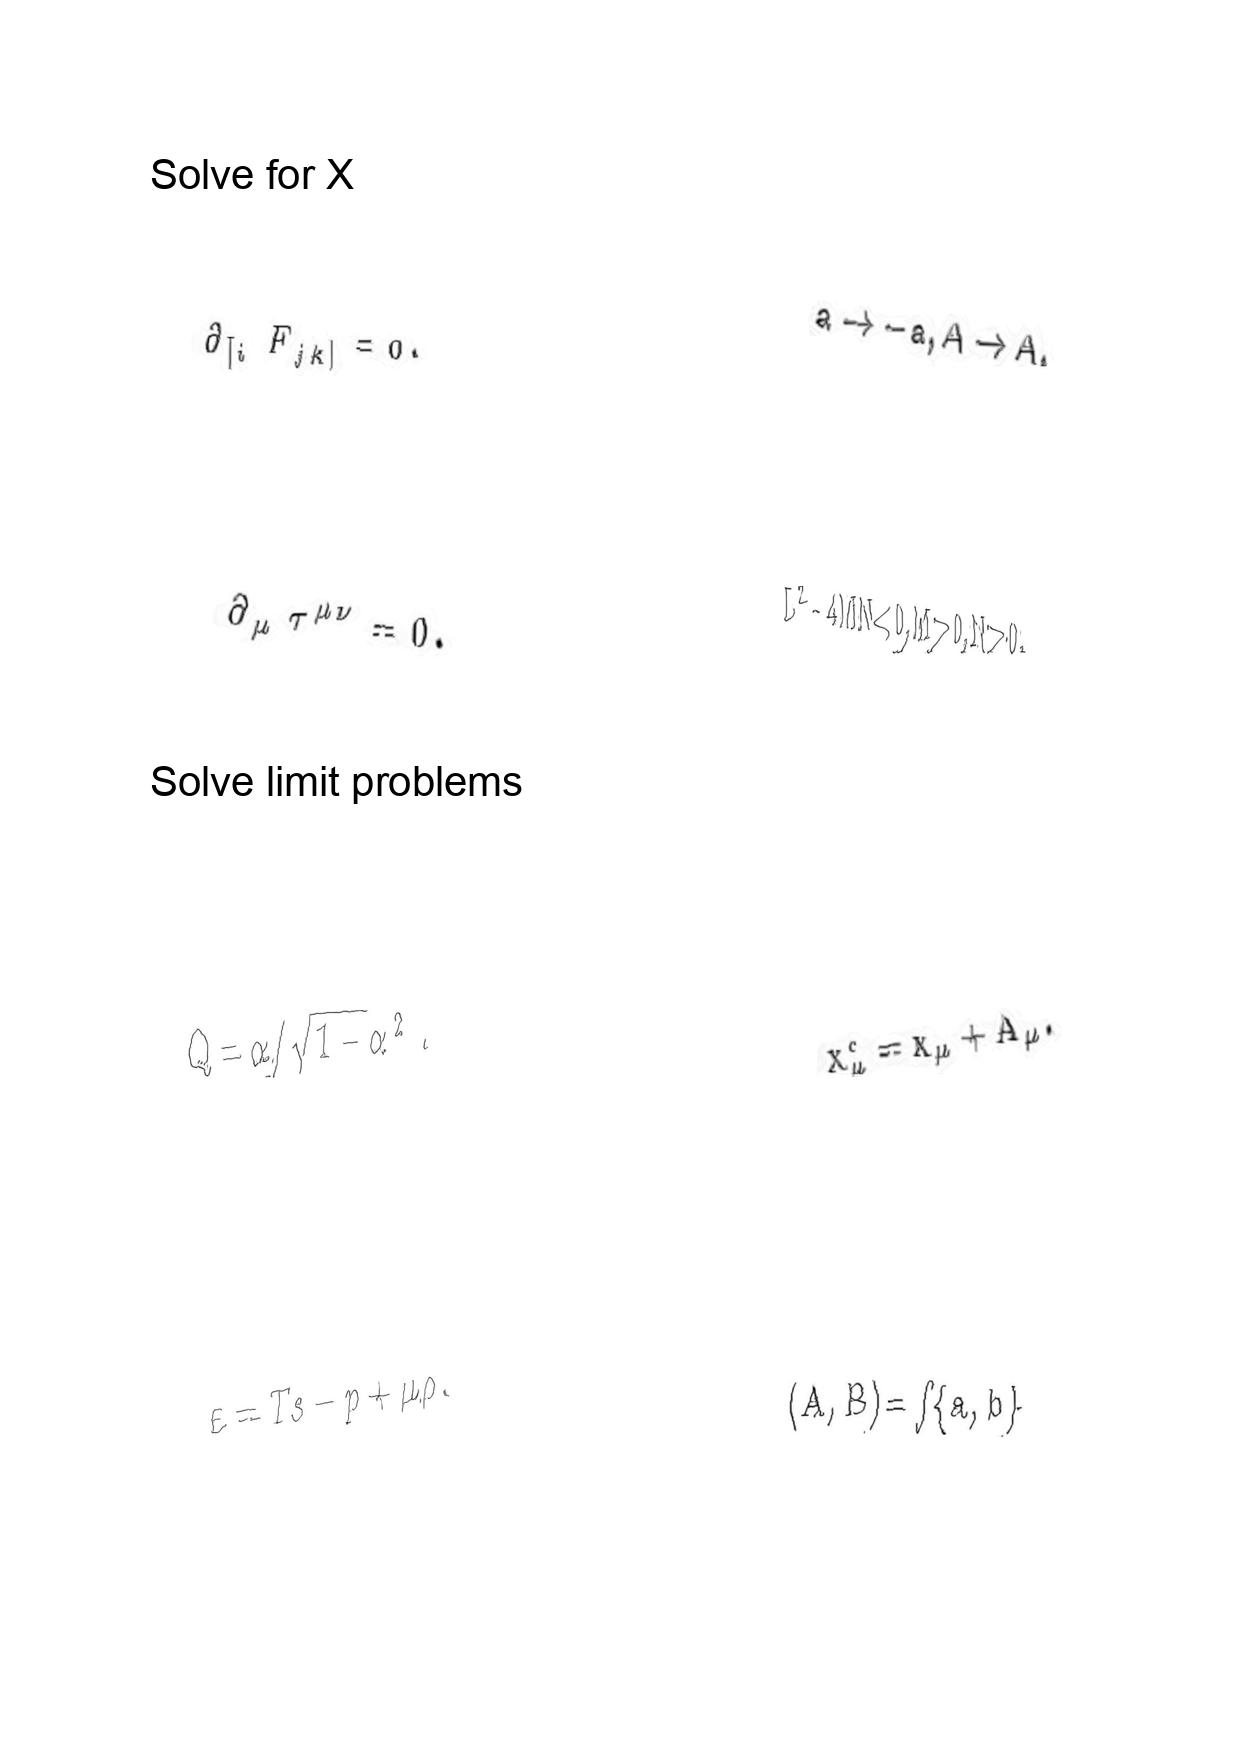
LaTeX transcription:
\partial _ { \lbrack i } F _ { j k \rbrack } = 0 .
\partial _ { \mu } \tau ^ { \mu \nu } = 0 .
Q = \alpha / \sqrt { 1 - \alpha ^ { 2 } } .
\varepsilon = T s - p + \mu \rho .
a \rightarrow - a , A \rightarrow A ,
L ^ { 2 } - 4 M N \lt 0 , M \gt 0 , N \gt 0 .
x _ { \mu } ^ { c } = x _ { \mu } + A _ { \mu } .
\lparen A , B \rparen = \int \lbrace a , b \rbrace